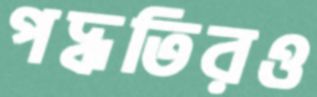
পদ্ধতিরও